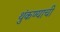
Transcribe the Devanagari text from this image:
थुंकण्याची